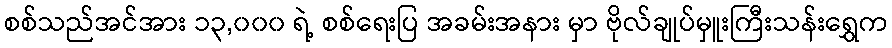
စစ်သည်အင်အား ၁၃,၀၀၀ ရဲ့ စစ်ရေးပြ အခမ်းအနား မှာ ဗိုလ်ချုပ်မှူးကြီးသန်းရွှေက